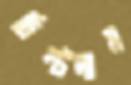
চিম্‌টলাম